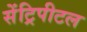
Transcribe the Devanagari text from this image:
सेंट्रिपीटल